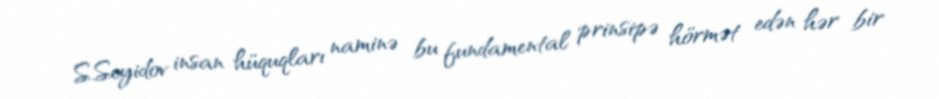
S.Seyidov insan hüquqları naminə bu fundamental prinsipə hörmət edən hər bir